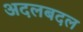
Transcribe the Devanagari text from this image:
अदलबदल